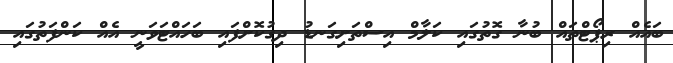
ބައެއް ރިޕޯޓްތައް ބުނާ ގޮތުގައި ކަލާމް އިސްތަށިގަނޑު ދިގުކޮށްފައި ބަހައްޓަވަނީ އެއް ކަންފަތުގައި